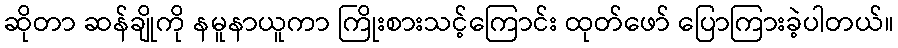
ဆိုတာ ဆန်ချိုကို နမူနာယူကာ ကြိုးစားသင့်ကြောင်း ထုတ်ဖော် ပြောကြားခဲ့ပါတယ်။